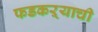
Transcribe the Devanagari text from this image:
फडकऱ्याची